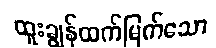
ထူးချွန်ထက်မြက်သော